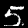
Digit: 5